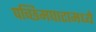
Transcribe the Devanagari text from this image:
पच्छिमघाटामध्ये